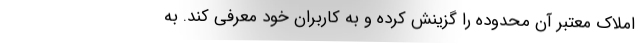
املاک معتبر آن محدوده را گزینش کرده و به کاربران خود معرفی کند. به